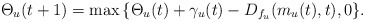
\begin{align*}\Theta_u(t+1) = \max{\{\Theta_u(t)+\gamma_u(t)-D_{f_u}(m_u(t),t),0 \}}. \end{align*}